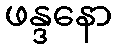
ဖန္ဒနော